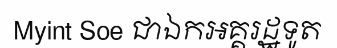
Myint Soe ជាឯកអគ្គរដ្ឋទូត